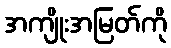
အကျိုးအမြတ်ကို